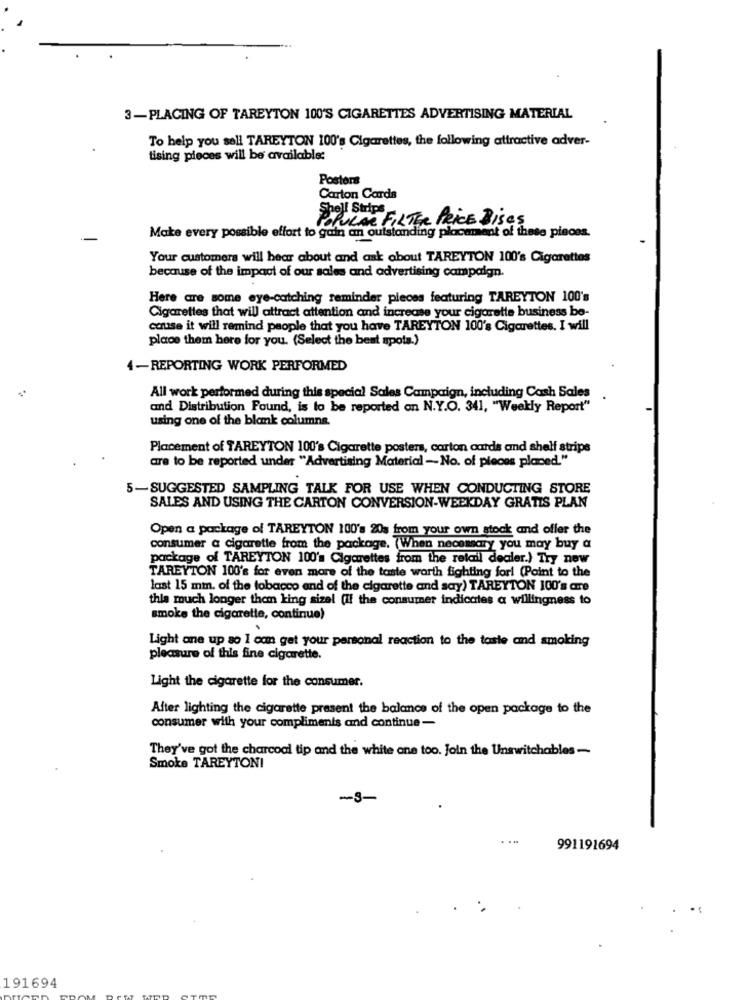
3-PLACING OF TAREYTON 100'S CIGARETTES ADVERTISING MATERIAL
To help you sell TAREYTON 100's Cigarettes, the following attractive adver-
tising pieces will be available:
Posters
Carton Cards
Shell Stips ENTER PRICE Bises
Polvere !
Make every possible effort to gain an outstanding placement of these pieces.
Your customers will hear about and ask about TAREYTON 100's Cigarettes
because of the impact of our sales and advertising campaign.
Here are some eye-catching reminder pieces featuring TAREYTON 100's
Cigarettes that will attract attention and increase your cigarette business be-
cause it will remind people that you have TAREYTON 100's Cigarettes. I will
place them here for you. (Select the best spots.)
4-REPORTING WORK PERFORMED
All work performed during this special Sales Campaign, including Cash Sales
and Distribution Found, is to be reported on N.Y.O. 341, "Weekly Report"
using one of the blank columns.
Placement of TAREYTON 100's Cigarette posters, carton cards and shelf strips
are to be reported under "Advertising Material -No. of pieces placed."
5-SUGGESTED SAMPLING TALK FOR USE WHEN CONDUCTING STORE
SALES AND USING THE CARTON CONVERSION-WEEKDAY GRATIS PLAN
Open a package of TAREYTON 100's 20s from your own stock and offer the
consumer a cigarette from the package. (When necessary you may buy a
package of TAREYTON 100's Cigarettes from the retail dealer.) Try new
TAREYTON 100's for even more of the taste worth fighting forl (Point to the
last 15 mm. of the tobacco end of the cigarette and say) TAREYTON 100's are
this much longer them king sizel (Il the consumer indicates a willingness to
smoke the cigarette, continue)
.
Light one up so I can get your personal reaction to the taste and smoking
pleasure of this fine cigarette.
Light the cigarette for the consumer.
After lighting the cigarette present the balance of the open package to the
consumer with your compliments and continue -
They've got the charcoal tip and the white ane too. Join the Unswitchables-
Smoke TAREYTONI
-3-
991191694
191694